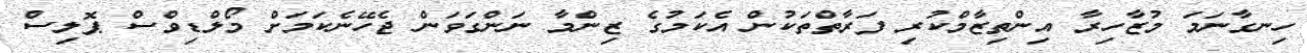
ހިނގާނަމަ މުޒާހިރާ އިންތިޒާމްކުރި ފަރާތްތަކުން އެކަމުގެ ޒިންމާ ނަންގަވަން ޖެހޭނެކަމަށް މޯލްޑިވްސް ޕޮލިސް